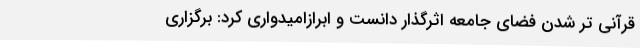
قرآنی تر شدن فضای جامعه اثرگذار دانست و ابرازامیدواری کرد: برگزاری